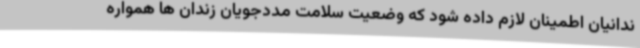
ندانیان اطمینان لازم داده شود که وضعیت سلامت مددجویان زندان ها همواره